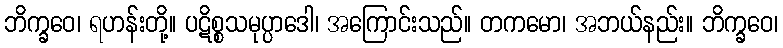
ဘိက္ခဝေ၊ ရဟန်းတို့။ ပဋိစ္စသမုပ္ပာဒေါ၊ အကြောင်းသည်။ တကမော၊ အဘယ်နည်း။ ဘိက္ခဝေ၊